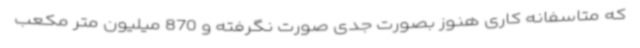
که متاسفانه کاری هنوز بصورت جدی صورت نگرفته و 870 میلیون متر مکعب